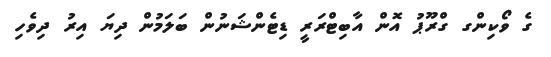
ގެ ވޯކިންގ ގްރޫޕު އޮން އާބިޓްރަރީ ޑިޓެންޝަނުން ބަލަމުން ދިޔަ އިރު ދިވެހި